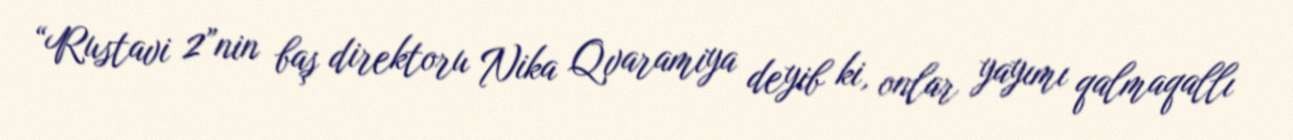
“Rustavi 2”nin baş direktoru Nika Qvaramiya deyib ki, onlar yayımı qalmaqallı